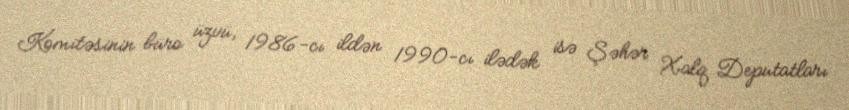
Komitəsinin büro üzvü, 1986-cı ildən 1990-cı ilədək isə Şəhər Xalq Deputatları